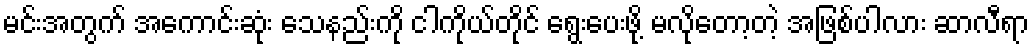
မင်းအတွက် အကောင်းဆုံး သေနည်းကို ငါကိုယ်တိုင် ရွေးပေးဖို့ မလိုတော့တဲ့ အဖြစ်ပါလား ဆာလီရာ